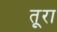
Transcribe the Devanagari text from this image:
तूरा